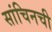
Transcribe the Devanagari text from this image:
सांचिनची